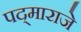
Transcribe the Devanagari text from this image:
पद्‌माराजे